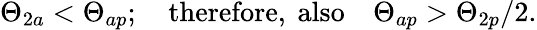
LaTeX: \Theta_{2a}<\Theta_{ap};\quad\mathrm{therefore,~also}\quad\Theta_{ap}>\Theta_{2p}/2.